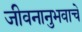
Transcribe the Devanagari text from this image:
जीवनानुभवाचे